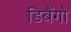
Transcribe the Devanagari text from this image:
डिबैंगो